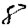
Digit: 8